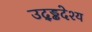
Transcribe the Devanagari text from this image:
उद्ड्ढदेश्य